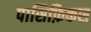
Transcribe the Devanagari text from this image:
पासिफ़िकस